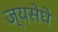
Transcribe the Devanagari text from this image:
ज्यसेघे